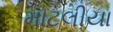
માટલીયા